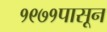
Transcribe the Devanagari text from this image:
१९७१पासून